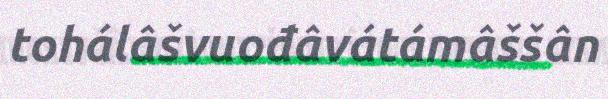
tohálâšvuođâvátámâššân